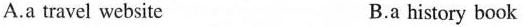
A.a travel website B.a history book